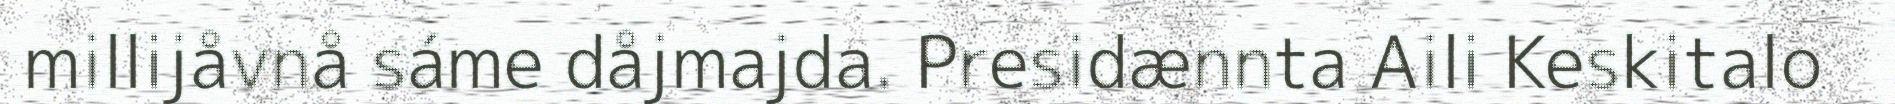
millijåvnå sáme dåjmajda. Presidænnta Aili Keskitalo